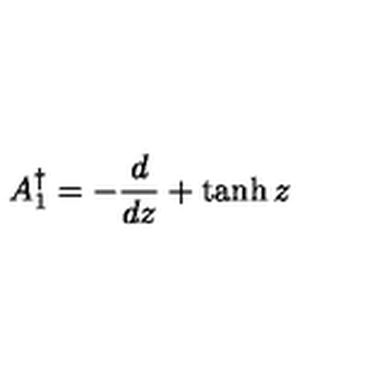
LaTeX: A _ { 1 } ^ { \dagger } = - { \frac { d } { d z } } + \tanh z